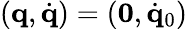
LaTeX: ({\mathbf q},\dot{\mathbf q})=({\mathbf 0},\dot{\mathbf q}_{0})